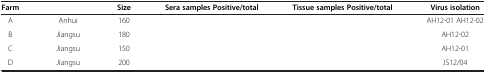
<table><thead><tr><td><b>Farm</b></td><td>[EMPTY_CELL]</td><td><b>Size</b></td><td><b>Sera samples Positive/total</b></td><td><b>Tissue samples Positive/total</b></td><td><b>Virus isolation</b></td></tr></thead><tbody><tr><td>A</td><td>Anhui</td><td>160</td><td>[EMPTY_CELL]</td><td>[EMPTY_CELL]</td><td>AH12-01 AH12-02</td></tr><tr><td>B</td><td>Jiangsu</td><td>180</td><td>[EMPTY_CELL]</td><td>[EMPTY_CELL]</td><td>AH12-02</td></tr><tr><td>C</td><td>Jiangsu</td><td>150</td><td>[EMPTY_CELL]</td><td>[EMPTY_CELL]</td><td>AH12-01</td></tr><tr><td>D</td><td>Jiangsu</td><td>200</td><td>[EMPTY_CELL]</td><td>[EMPTY_CELL]</td><td>JS12/04</td></tr></tbody></table>